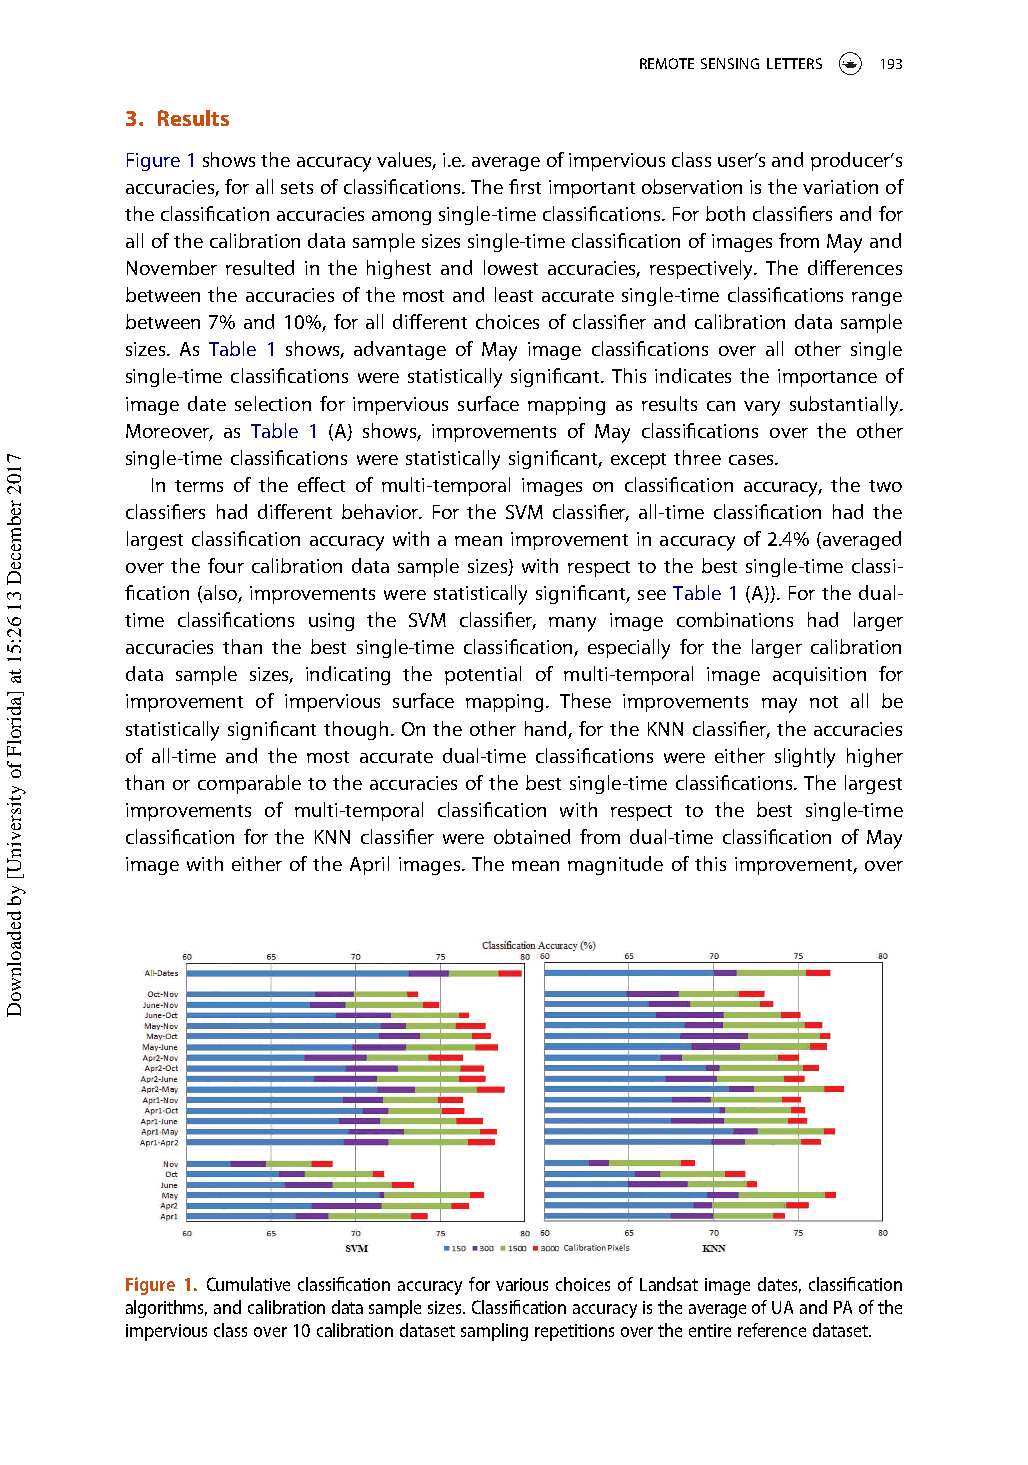
REMOTESENSINGLETTERS 193
 3. Results
 Figure1showstheaccuracyvalues,i.e.averageofimperviousclassuser’sandproducer’s
 accuracies,forallsetsofclassifications.Thefirstimportantobservationisthevariationof
 theclassificationaccuraciesamongsingle-timeclassifications.Forbothclassifiersandfor
 allofthecalibrationdatasamplesizessingle-timeclassificationofimagesfromMayand
 November resulted in the highest and lowest accuracies, respectively. The differences
 between the accuracies of the most and least accurate single-time classifications range
 between 7% and 10%, for all different choices of classifier and calibration data sample
 sizes. As Table 1 shows, advantage of May image classifications over all other single
 single-time classifications were statistically significant. This indicates the importance of
 image date selection for impervious surface mapping as results can vary substantially.
 Moreover, as Table 1 (A) shows, improvements of May classifications over the other
 single-time classifications were statistically significant, except three cases.
 In terms of the effect of multi-temporal images on classification accuracy, the two
 classifiers had different behavior. For the SVM classifier, all-time classification had the
 largest classification accuracy with a mean improvement in accuracy of 2.4% (averaged
 over the four calibration data sample sizes) with respect to the best single-time classi-
 fication (also, improvements were statistically significant, see Table 1 (A)). For the dual-
 time classifications using the SVM classifier, many image combinations had larger
 accuracies than the best single-time classification, especially for the larger calibration
 data sample sizes, indicating the potential of multi-temporal image acquisition for
 improvement of impervious surface mapping. These improvements may not all be
 statistically significant though. On the other hand, for the KNN classifier, the accuracies
 of all-time and the most accurate dual-time classifications were either slightly higher
 than or comparable to the accuracies of the best single-time classifications. The largest
 improvements of multi-temporal classification with respect to the best single-time
 classification for the KNN classifier were obtained from dual-time classification of May
 image with either of the April images. The mean magnitude of this improvement, over
 Figure 1. Cumulative classificationaccuracyfor various choices ofLandsatimage dates, classification
 algorithms,andcalibrationdatasamplesizes.ClassificationaccuracyistheaverageofUAandPAofthe
 imperviousclassover10calibrationdatasetsamplingrepetitionsovertheentirereferencedataset.
 7102
 rebmeceD
 31
 62:51
 ta
 ]adirolF
 fo
 ytisrevinU[
 yb
 dedaolnwoD